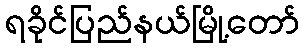
ရခိုင်ပြည်နယ်မြို့တော်